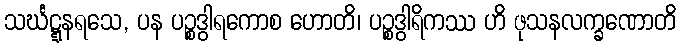
သင်္ဃဋ္ဋနရသေ, ပန ပဉ္စဒွါရကောစ ဟောတိ၊ ပဉ္စဒွါရိကဿ ဟိ ဖုသနလက္ခဏောတိ